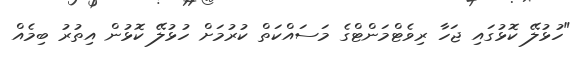
"ހުޅުލޭ ކޮޅުގައި ޖަހާ ރިވެޓްމަންޓްގެ މަސައްކަތް ކުރުމަށް ހުޅުލޭ ކޮޅުން އިތުރު ބިމެއް